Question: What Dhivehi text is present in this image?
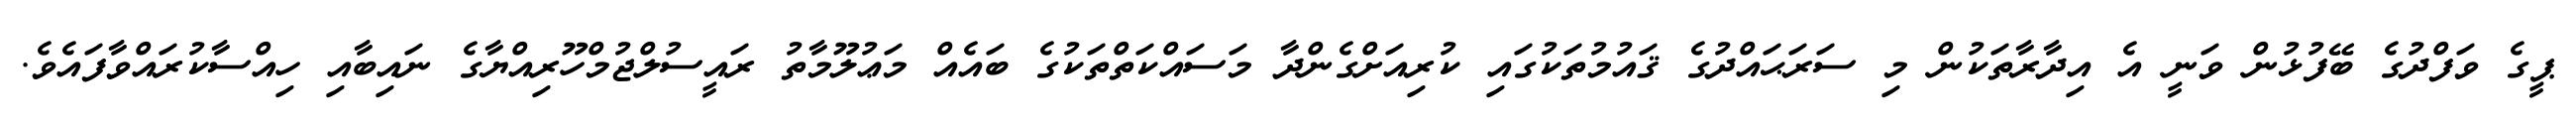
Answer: ޕީގެ ވަފްދުގެ ބޭފުޅުން ވަނީ އެ އިދާރާތަކުން މި ސަރަޙައްދުގެ ޤައުމުތަކުގައި ކުރިއަށްގެންދާ މަސައްކަތްތަކުގެ ބައެއް މަޢުލޫމާތު ރައީސުލްޖުމްހޫރިއްޔާގެ ނައިބާއި ހިއްސާކުރައްވާފައެވެ.